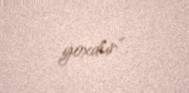
yoxdur”.